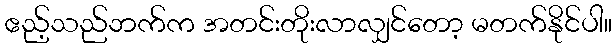
ဧည့်သည်ဘက်က အတင်းတိုးလာလျှင်တော့ မတက်နိုင်ပါ။